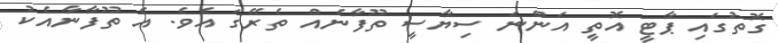
ގޮތުގައި ޕާޓީ އޮތީ އަންނަ ސިޔާސީ ތޫފާނެއް ތެރޭގަ އެވެ. އެ ތޫފާނާއެކު